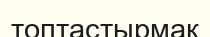
топтастырмақ